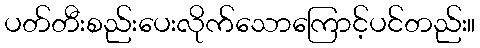
ပတ်တီးစည်းပေးလိုက်သောကြောင့်ပင်တည်း။